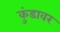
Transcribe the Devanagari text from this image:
कुंडावर